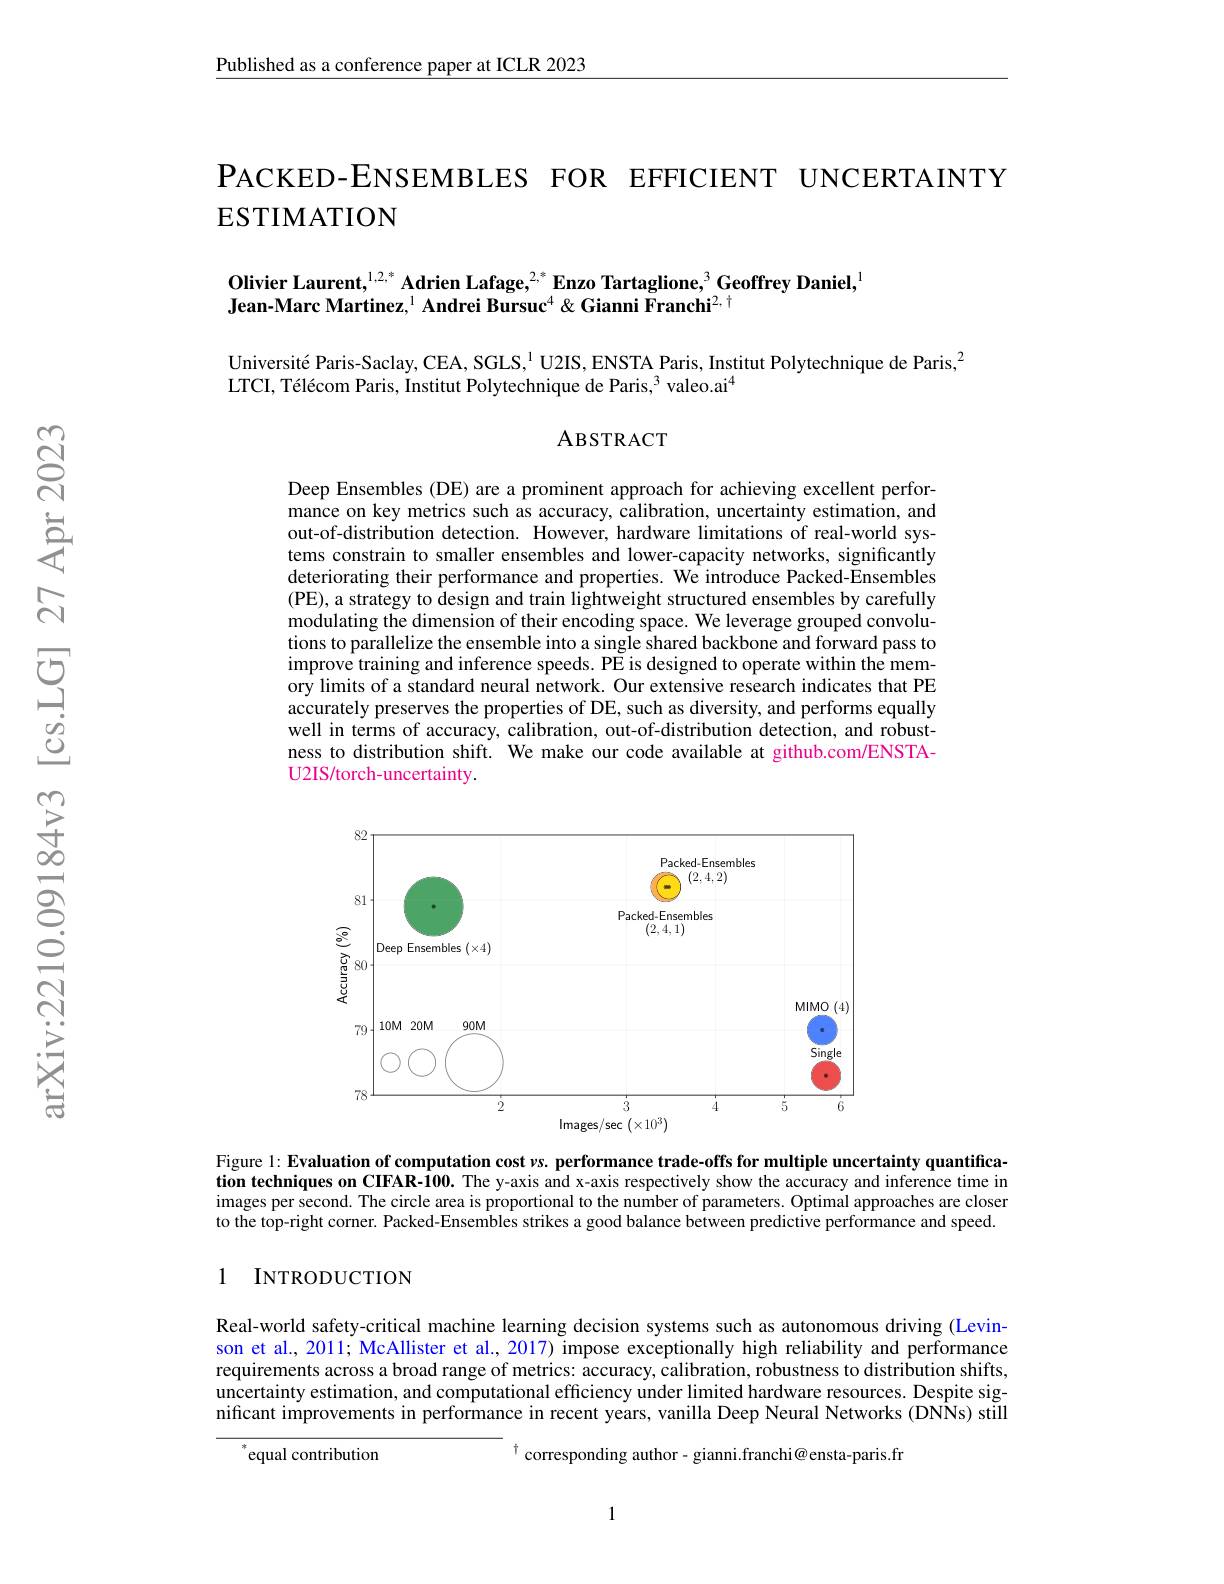
$\underline{\text{Published as a conference paper at ICLR 2023}}$

PACKED-ENSEMBLES FOR EFFICIENT UNCERTAINTY
# ESTIMATION

Olivier Laurent,$^{1,2,*}$ Adrien Lafage,$^{2,*}$ Enzo Tartaglione,$^3$Geoffrey Daniel,$^1$
Jean-Marc Martinez, $^{1}$ Andrei Bursuc$^4\&$ Gianni Franchi$^{2,\dagger}$

Université Paris-Saclay, CEA, SGLS, $^{1}$ U2IS, ENSTA Paris, Institut Polytechnique de Paris,$^{2}$
LTCI, Télécom Paris, Institut Polytechnique de Paris, $^3$ valeo.ai$^4$

## ABSTRACT

Deep Ensembles (DE) are a prominent approach for achieving excellent performance on key metrics such as accuracy, calibration, uncertainty estimation, and out-of-distribution detection. However, hardware limitations of real-world systems constrain to smaller ensembles and lower-capacity networks, significantly deteriorating their performance and properties. We introduce Packed-Ensembles (PE), a strategy to design and train lightweight structured ensembles by carefully modulating the dimension of their encoding space. We leverage grouped convolutions to parallelize the ensemble into a single shared backbone and forward pass to $\hat{\text{improve training and inference speeds. PE is designed to operate within the mem-}}$ ory limits of a standard neural network. Our extensive research indicates that PE accurately preserves the properties of DE, such as diversity, and performs equally well in terms of accuracy, calibration, out-of-distribution detection, and robustness to distribution shift. We make our code available at github.com/ENSTAU2IS/torch-uncertainty.

<FigureHere>

Figure 1: Evaluation of computation cost $\nu$s. performance trade-offs for multiple uncertainty quantification techniques on CIFAR-100. The y-axis and x-axis respectively show the accuracy and inference time in images per second. The circle area is proportional to the number of parameters. Optimal approaches are closer to the top-right corner. Packed-Ensembles strikes a good balance between predictive performance and speed.

1 INTRODUCTION

Real-world safety-critical machine learning decision systems such as autonomous driving (Levinson et al., 2011; McAllister et al., 2017) impose exceptionally high reliability and performance requirements across a broad range of metrics: accuracy, calibration, robustness to distribution shifts, uncertainty estimation, and computational efficiency under limited hardware resources. Despite significant improvements in performance in recent years, vanilla Deep Neural Networks (DNNs) still
$^{\dagger}$corresponding author- gianni.franchi@ensta-paris.fr
equal contribution

1